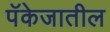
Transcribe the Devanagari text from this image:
पॅकेजातील